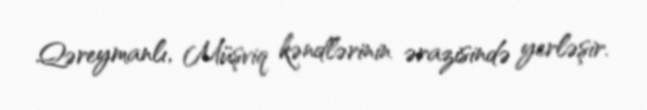
Qəreymanlı, Müşviq kəndlərinin ərazisində yerləşir.